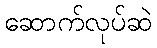
ဆောက်လုပ်ဆဲ